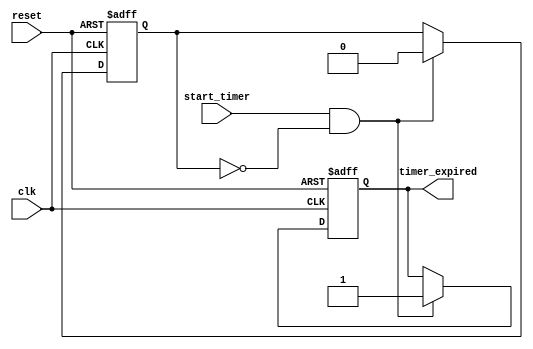
module Timer (
    input wire clk,               // Clock signal
    input wire reset,             // Reset signal
    input wire start_timer,       // Signal to start the timer
    output reg timer_expired      // Output signal indicating timer expiry
);

// Parameter to define the duration of the timer in nanoseconds
parameter TIMER_DURATION = 100; // Timer duration

// State variable to manage timer state
reg timer_active;

// Behavioral modeling of timer
always @(posedge clk or posedge reset) begin
    if (reset) begin
        timer_expired <= 0;         // Reset the expiry signal
        timer_active <= 0;          // Reset timer state
    end else if (start_timer && !timer_active) begin
        timer_active <= 1;          // Activate timer
        timer_expired <= 0;         // Clear expiry signal
        // Trigger timer event after the specified duration
        #TIMER_DURATION begin
            timer_expired <= 1;      // Set expiry signal
            timer_active <= 0;       // Deactivate timer
        end
    end
end

endmodule